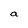
Character: a